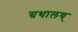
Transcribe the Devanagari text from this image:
ग्रथालय्